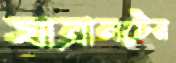
যাত্রানটের